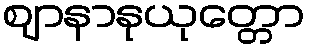
ဈာနာနုယုတ္တော